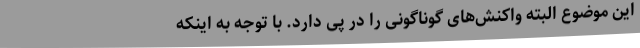
این موضوع البته واکنش‌های گوناگونی را در پی دارد. با توجه به اینکه